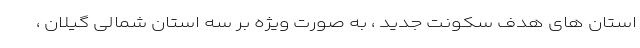
استان های هدف سکونت جدید ، به صورت ویژه بر سه استان شمالی گیلان ،